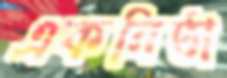
একনিষ্ঠা